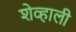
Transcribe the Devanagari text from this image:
शेव्हाली